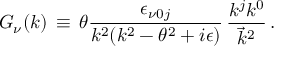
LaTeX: G _ { \nu } ( k ) \, \equiv \, \theta \frac { \epsilon _ { \nu 0 j } } { k ^ { 2 } ( k ^ { 2 } - \theta ^ { 2 } + i \epsilon ) } \, \frac { k ^ { j } k ^ { 0 } } { { \vec { k } } ^ { 2 } } \, .